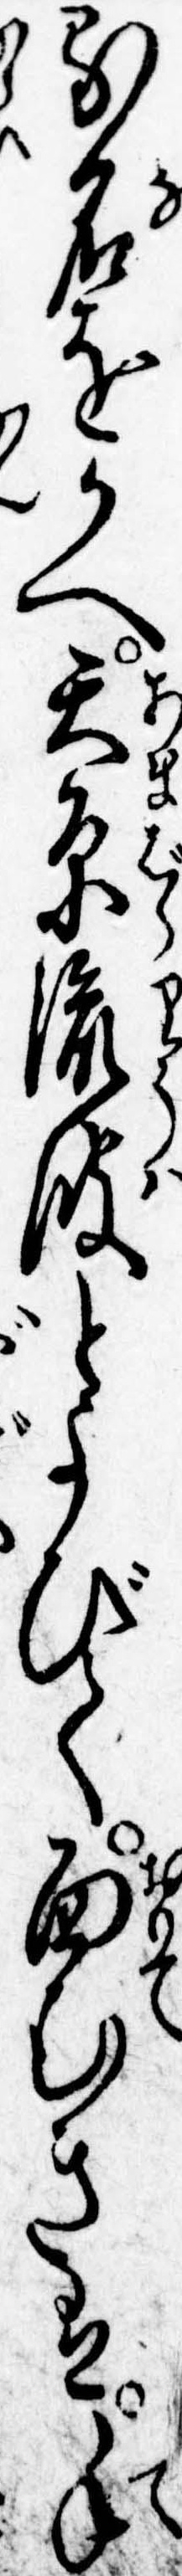
る名をかへ天原流波とよびて面むきは手